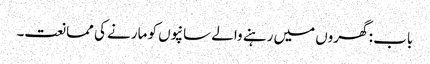
باب : گھروں میں رہنے والے سانپوں کو مارنے کی ممانعت۔